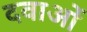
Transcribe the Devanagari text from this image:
दवाअों